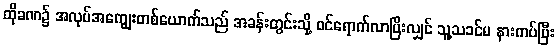
ထိုခဏ၌ အလုပ်အကျွေးတစ်ယောက်သည် အခန်းတွင်းသို့ ဝင်ရောက်လာပြီးလျှင် သူ့သခင်မ နားကပ်ပြီး